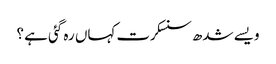
ویسے شدھ سنسکرت کہاں رہ گئی ہے ؟